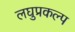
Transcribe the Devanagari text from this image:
लघुप्रकल्प